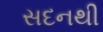
સદનથી